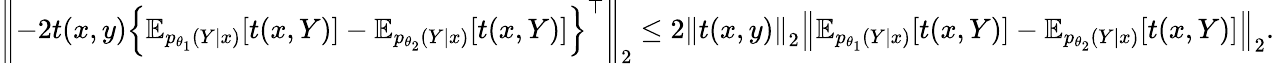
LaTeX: \begin{array}{r}{\left\lVert-2t(x,y)\left\{ \operatorname{\mathbb E}_{p_{\theta_{1}}(Y\mid x)}[t(x,Y)]-\operatorname{\mathbb E}_{p_{\theta_{2}}(Y\mid x)}[t(x,Y)]\right\} ^{\top}\right\rVert_{2}\le 2\left\lVert t(x,y)\right\rVert_{2}\left\lVert\operatorname{\mathbb E}_{p_{\theta_{1}}(Y\mid x)}[t(x,Y)]-\operatorname{\mathbb E}_{p_{\theta_{2}}(Y\mid x)}[t(x,Y)]\right\rVert_{2}.}\end{array}